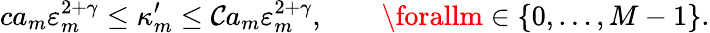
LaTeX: ca_{m}\varepsilon_{m}^{2+\gamma}\leq\kappa_{m}^{\prime}\leq\mathcal{C}a_{m}\varepsilon_{m}^{2+\gamma},\qquad\forallm\in\{ 0,\ldots,M-1\} .